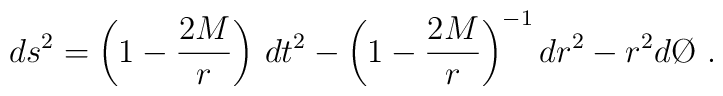
ds^2 = \left(1 - \frac{2M}{r}\right)\, dt^2 -  \left(1 -\frac{2M}{r}\right)^{-1} dr^2 - r^2 d\O \ .